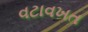
વટાવખત